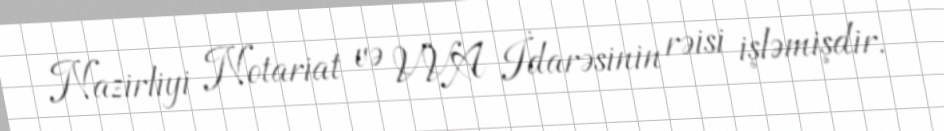
Nazirliyi Notariat və VVA İdarəsinin rəisi işləmişdir.